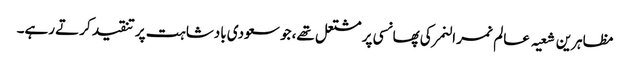
مظاہرین شعیہ عالم نمر النمر کی پھانسی پر مشتعل تھے، جو سعودی بادشاہت پر تنقید کرتے رہے۔